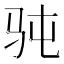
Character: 𮹄